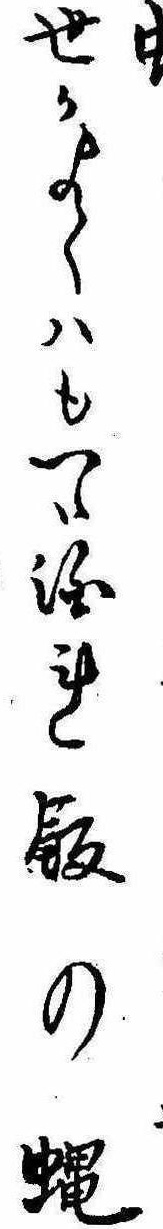
世かよくはも一つ泊れ飯の蝿